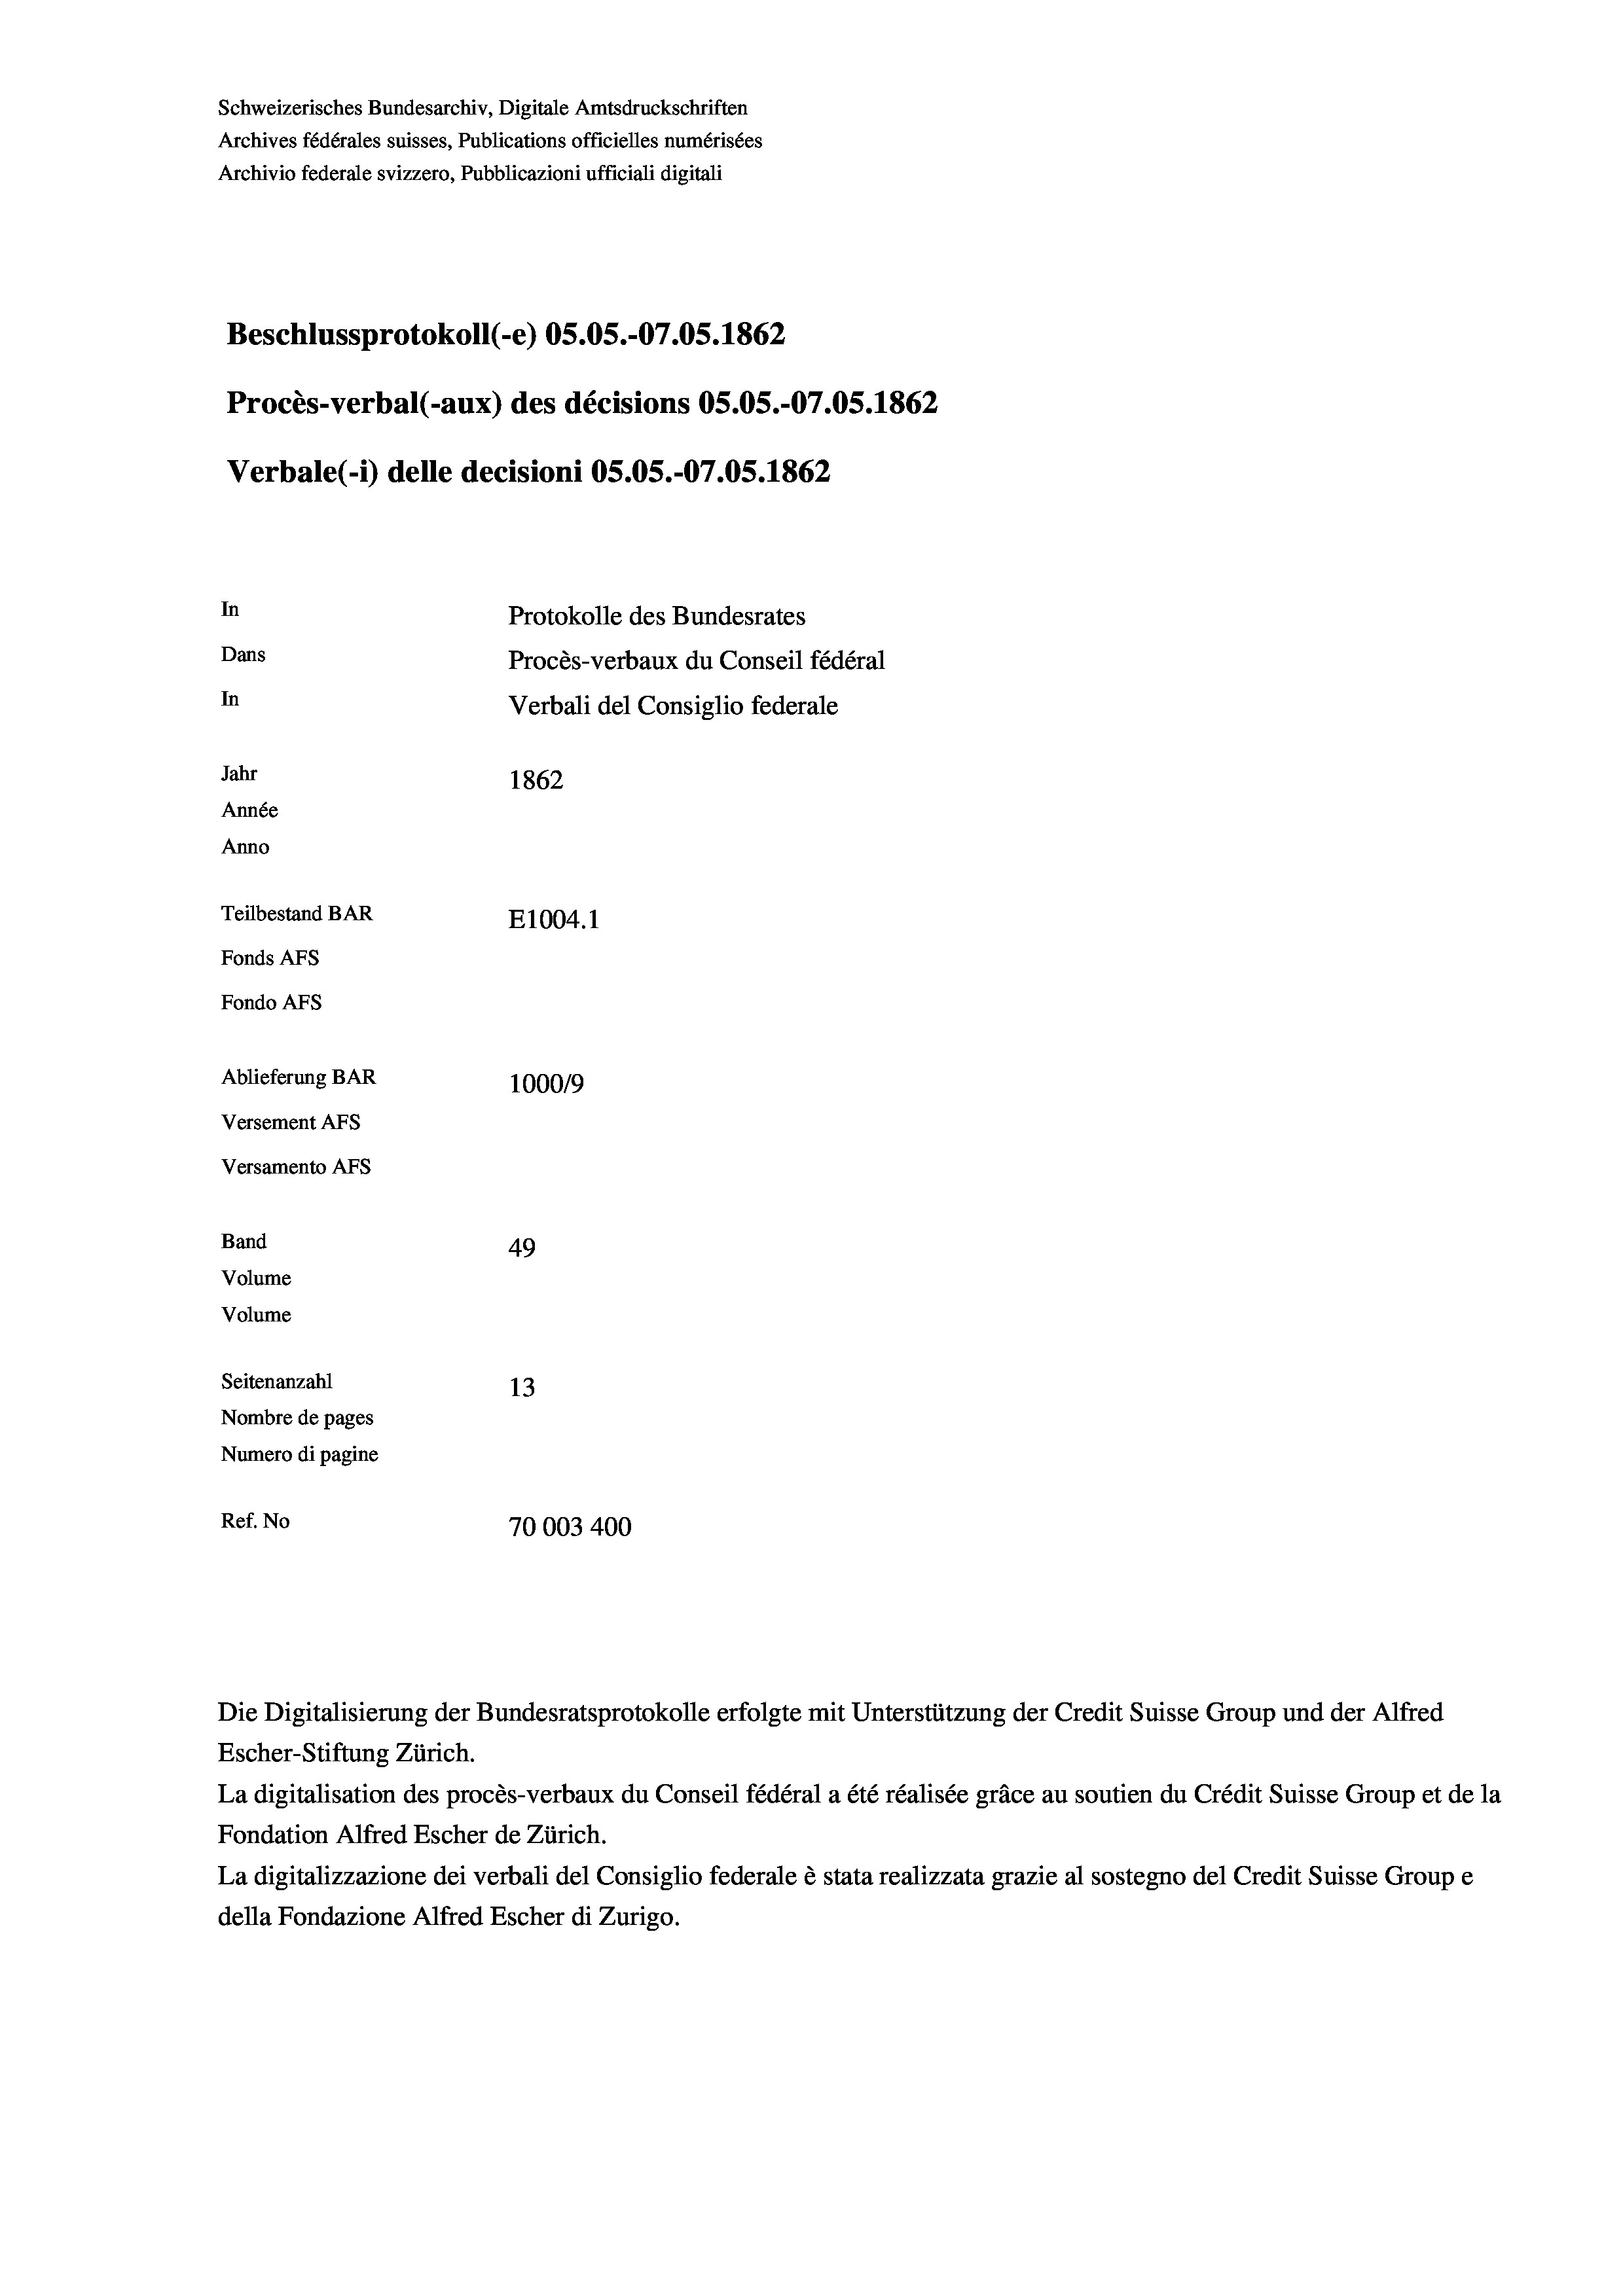
Schweizerisches Bundesarchiv, Digitale Amtsdruckschriften
Archives fédérales suisses, Publications officielles numérisées
Archivio federale svizzero, Pubblicazioni ufficiali digitali
Beschlussprotokoll (e) OS.05.-07.05. 1862
Procès-verbal (-aux) des décisions OS.OS.-07.05. 1862
Verbale (1) delle decisioni OS.OS.-O7.05. 1862
In
Protokolle des Bundesrates
Dans
Procès-verbaux du Conseil fédéral
In
Verbali del Consiglio federale
Jahr
1862
Année
Anno
Teilbestand BAR
E1004. 1
Fonds AFs
Fondo Afs
Ablieferung BAR
100019
Versement AFs
Versamento Afs
Band
49
Volume
Volume
Seitenanzahl
13
Nombre de pages
Numero di pagine

Ref. No
70003400

Escher-Stiftung Zürich.
La digitalisation des procès-verbaux du Conseil fédéral a été réalisée gräce au soutien du Crédit Suisse Group et de la
Fondation Alfred Escher de Zürich.
La digitalizzazione dei verbali del Consiglio federale è stata realizzata grazie al sostegno del Credit Suisse Groupe
della Fondazione Alfred Escher di Zurigo.

Die Digitalisierung der Bundesratsprotokolle erfolgte mit Unterstützung der Credit Suisse Group und der Alfred